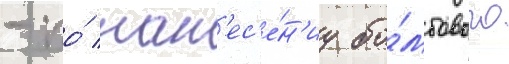
- по́ нан'ес'е́н'иу бо́мбового